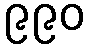
၉၉၀